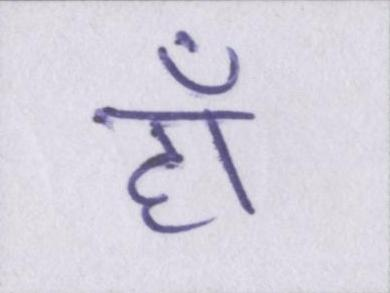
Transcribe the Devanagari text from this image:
हाँ